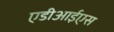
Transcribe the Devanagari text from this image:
एडीआईएस